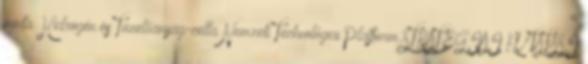
minta Hidrogén és Tüzelőanyag-cella Nemzeti Technológiai Platform STRATÉGIAI KUTATÁSI